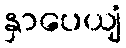
နှာပေယျံ